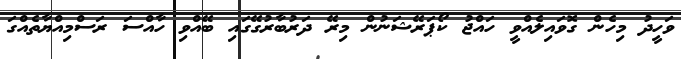
ވަހީދު މިހެން ގޮވައިލެއްވީ ހައްޖު ކޯޕަރޭޝަނުން މިރޭ ދަރުބާރުގޭގައި ބޭއްވި ހާއްސަ ރަސްމިއްޔާތެއްގަ